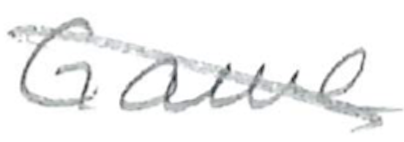
Text: GameCube,
Cross-out: diagonal
Writing tool: pencil